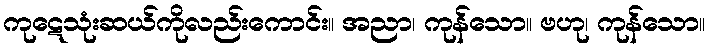
ကုဋေသုံးဆယ်ကိုလည်းကောင်း။ အညာ၊ ကုန်သော။ ဗဟု၊ ကုန်သော။